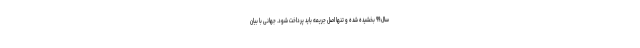
سال ۹۹ بخشیده شده و تنها اصل جریمه باید پرداخت شود. جهانی با بیان